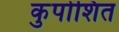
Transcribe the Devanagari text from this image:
कुपोशित